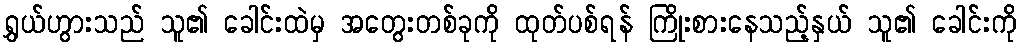
ရွှယ်ဟွားသည် သူ၏ ခေါင်းထဲမှ အတွေးတစ်ခုကို ထုတ်ပစ်ရန် ကြိုးစားနေသည့်နှယ် သူ၏ ခေါင်းကို